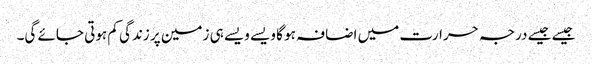
جیسے جیسے درجہ حرارت میں اضافہ ہو گا ویسے ویسے ہی زمین پر زندگی کم ہوتی جائے گی۔